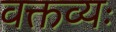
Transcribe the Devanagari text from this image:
वक्तव्यः